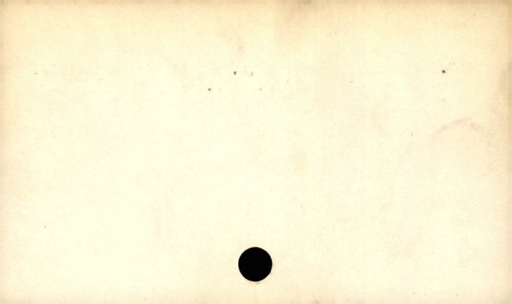
Label: blank